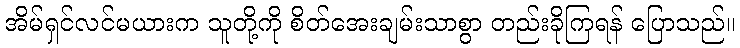
အိမ်ရှင်လင်မယားက သူတို့ကို စိတ်အေးချမ်းသာစွာ တည်းခိုကြရန် ပြောသည်။